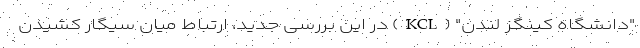
"دانشگاه کینگز لندن" (KCL) در این بررسی جدید، ارتباط میان سیگار کشیدن